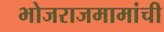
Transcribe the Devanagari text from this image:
भोजराजमामांची